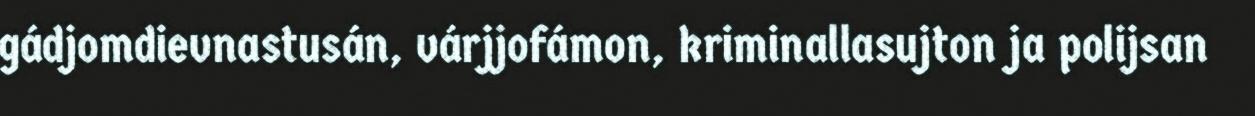
gádjomdievnastusán, várjjofámon, kriminallasujton ja polijsan